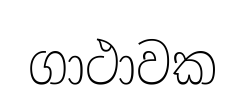
ගාථාවක